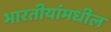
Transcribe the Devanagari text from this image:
भारतीयांमधील